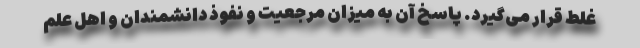
غلط قرار می‌گیرد. پاسخ آن به میزان مرجعیت و نفوذ دانشمندان و اهل علم